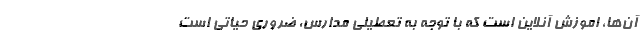
آن‌ها، اموزش آنلاین است که با توجه به تعطیلی مدارس، ضروری حیاتی است